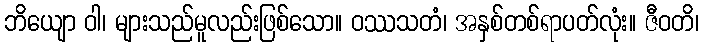
ဘိယျော ဝါ၊ များသည်မူလည်းဖြစ်သော။ ဝဿသတံ၊ အနှစ်တစ်ရာပတ်လုံး။ ဇီဝတိ၊